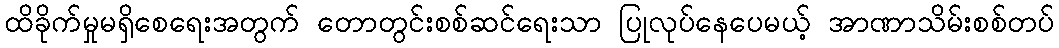
ထိခိုက်မှုမရှိစေရေးအတွက် တောတွင်းစစ်ဆင်ရေးသာ ပြုလုပ်နေပေမယ့် အာဏာသိမ်းစစ်တပ်